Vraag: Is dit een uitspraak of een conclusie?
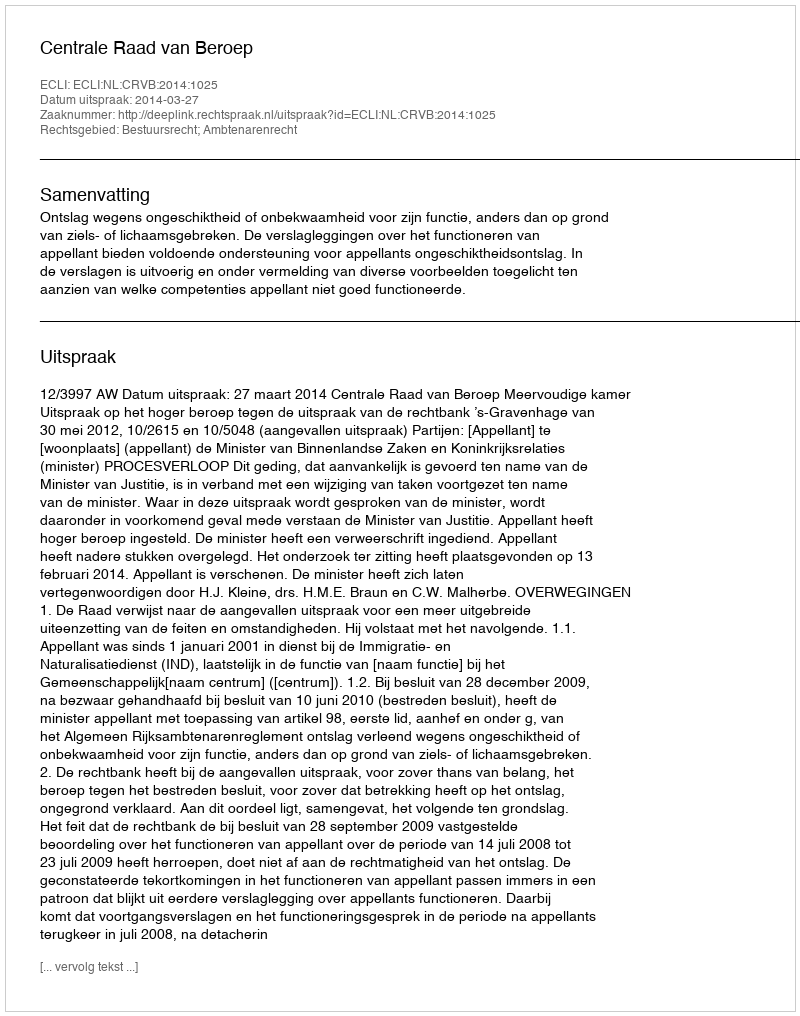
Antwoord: Uitspraak